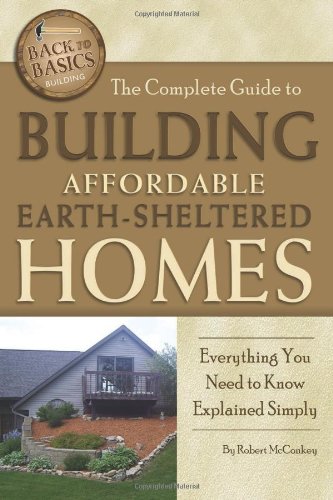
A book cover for The Complete Guide to Building Affordable Earth-Sheltered Homes: Everything You Need to Know Explained Simply (Back to Basics Building); Robert McConkey; Arts & Photography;